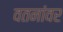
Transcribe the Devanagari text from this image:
वतनांवर